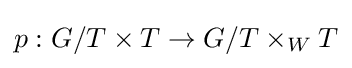
p:G/T\times T\to G/T\times _{W}T